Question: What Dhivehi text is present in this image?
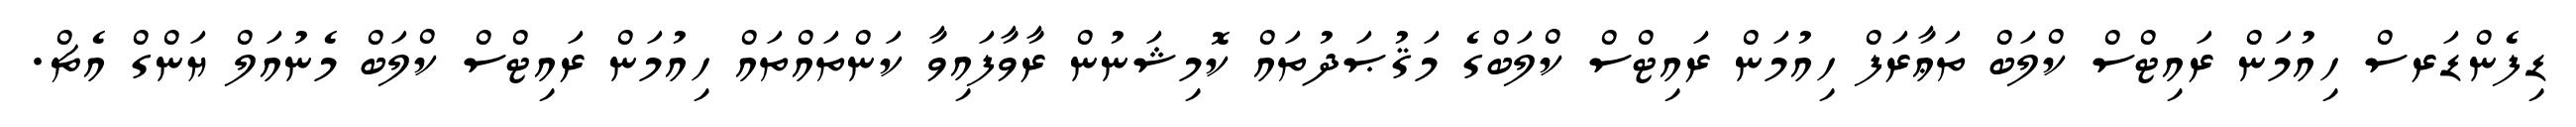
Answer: ޑިފެންޑަރސް ހިއުމަން ރައިޓްސް ކްލަބް ތަޢާރަފް ހިއުމަން ރައިޓްސް ކްލަބްގެ މަޤުޞަދުތައް ކޮމިޝަނުން ރާވާފައިވާ ކަންތައްތައް ހިއުމަން ރައިޓްސް ކްލަބް މެނުއަލް ޔަންގް އެޗް.